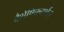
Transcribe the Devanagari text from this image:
वैशेषिकदर्शन